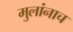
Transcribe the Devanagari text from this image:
मुलांनाच